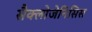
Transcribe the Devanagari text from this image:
सैक्लोजेनिसिस